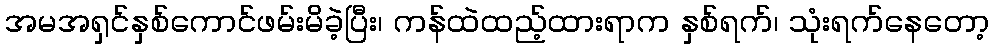
အမအရှင်နှစ်ကောင်ဖမ်းမိခဲ့ပြီး၊ ကန်ထဲထည့်ထားရာက နှစ်ရက်၊ သုံးရက်နေတော့